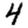
Digit: 4